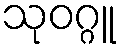
သုဝဂ္ဂူ